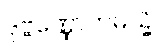
ဒုဗ္ဗဏ္ဏောဟမသ္မိ